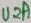
Text: U2A